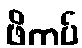
ဖိကပ်